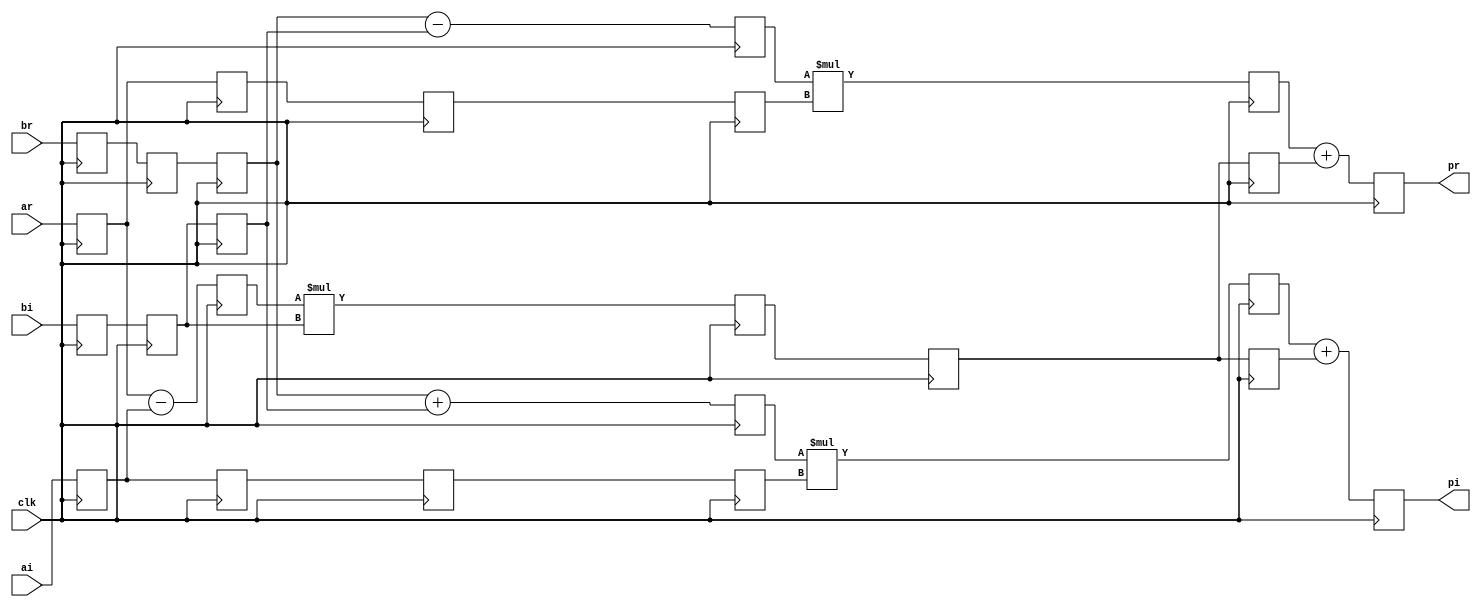
//
// Complex Multiplier (pr+i.pi) = (ar+i.ai)*(br+i.bi)

//module cmult # (parameter AWIDTH = 16, BWIDTH = 18)
module cmult # (parameter AWIDTH = 8, BWIDTH = 9)
   (
    input clk,
    input signed [AWIDTH-1:0]      ar, ai,
    input signed [BWIDTH-1:0]      br, bi,
    output signed [AWIDTH+BWIDTH:0] pr, pi
   );

reg signed [AWIDTH-1:0] ai_d, ai_dd, ai_ddd, ai_dddd   ;
reg signed [AWIDTH-1:0] ar_d, ar_dd, ar_ddd, ar_dddd   ;
reg signed [BWIDTH-1:0] bi_d, bi_dd, bi_ddd, br_d, br_dd, br_ddd ;
reg signed [AWIDTH:0]  addcommon     ;
reg signed [BWIDTH:0]  addr, addi     ;
reg signed [AWIDTH+BWIDTH:0] mult0, multr, multi, pr_int, pi_int  ;
reg signed [AWIDTH+BWIDTH:0] common, commonr1, commonr2   ;

always @(posedge clk)
 begin
  ar_d   <= ar;
  ar_dd  <= ar_d;
  ai_d   <= ai;
  ai_dd  <= ai_d;
  br_d   <= br;
  br_dd  <= br_d;
  br_ddd <= br_dd;
  bi_d   <= bi;
  bi_dd  <= bi_d;
  bi_ddd <= bi_dd;
 end

// Common factor (ar ai) x bi, shared for the calculations of the real and imaginary final products
//
always @(posedge clk)
 begin
  addcommon <= ar_d - ai_d;
  mult0     <= addcommon * bi_dd;
  common    <= mult0;
 end

// Real product
//
always @(posedge clk)
 begin
   ar_ddd   <= ar_dd;
   ar_dddd  <= ar_ddd;
   addr     <= br_ddd - bi_ddd;
   multr    <= addr * ar_dddd;
   commonr1 <= common;
   pr_int   <= multr + commonr1;
 end

// Imaginary product
//
always @(posedge clk)
 begin
  ai_ddd   <= ai_dd;
  ai_dddd  <= ai_ddd;
  addi     <= br_ddd + bi_ddd;
  multi    <= addi * ai_dddd;
  commonr2 <= common;
  pi_int   <= multi + commonr2;
 end

assign pr = pr_int;
assign pi = pi_int;

endmodule // cmult